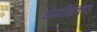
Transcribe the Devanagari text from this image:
अंगाधिकार